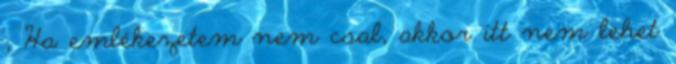
; Ha emlékezetem nem csal, akkor itt nem lehet